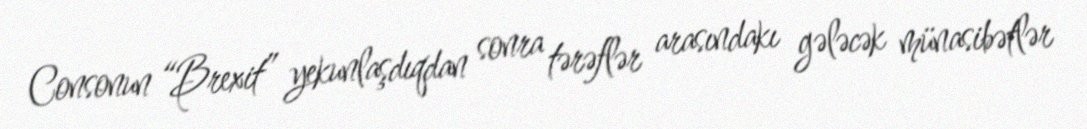
Consonun “Brexit” yekunlaşdıqdan sonra tərəflər arasındakı gələcək münasibətlər